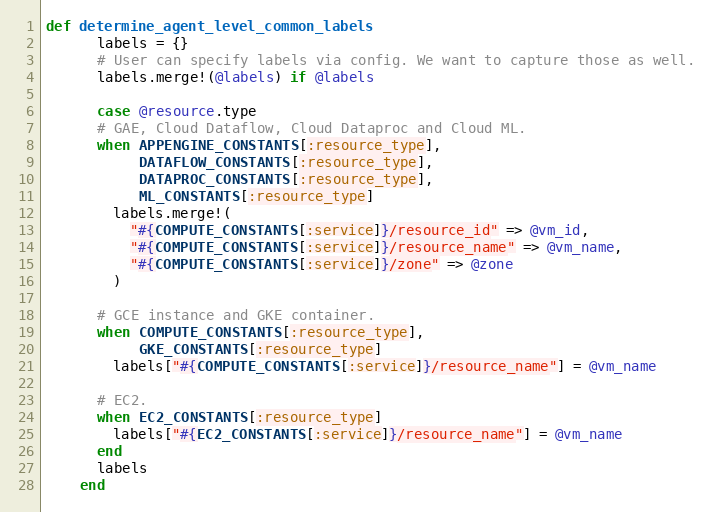
Language: Ruby
def determine_agent_level_common_labels
      labels = {}
      # User can specify labels via config. We want to capture those as well.
      labels.merge!(@labels) if @labels

      case @resource.type
      # GAE, Cloud Dataflow, Cloud Dataproc and Cloud ML.
      when APPENGINE_CONSTANTS[:resource_type],
           DATAFLOW_CONSTANTS[:resource_type],
           DATAPROC_CONSTANTS[:resource_type],
           ML_CONSTANTS[:resource_type]
        labels.merge!(
          "#{COMPUTE_CONSTANTS[:service]}/resource_id" => @vm_id,
          "#{COMPUTE_CONSTANTS[:service]}/resource_name" => @vm_name,
          "#{COMPUTE_CONSTANTS[:service]}/zone" => @zone
        )

      # GCE instance and GKE container.
      when COMPUTE_CONSTANTS[:resource_type],
           GKE_CONSTANTS[:resource_type]
        labels["#{COMPUTE_CONSTANTS[:service]}/resource_name"] = @vm_name

      # EC2.
      when EC2_CONSTANTS[:resource_type]
        labels["#{EC2_CONSTANTS[:service]}/resource_name"] = @vm_name
      end
      labels
    end